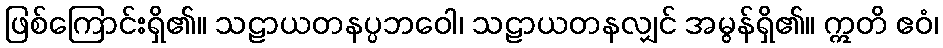
ဖြစ်ကြောင်းရှိ၏။ သဠာယတနပ္ပဘဝေါ၊ သဠာယတနလျှင် အမွန်ရှိ၏။ ဣတိ ဧဝံ၊